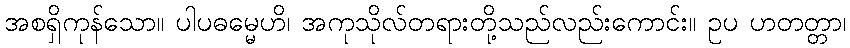
အစရှိကုန်သော။ ပါပဓမ္မေဟိ၊ အကုသိုလ်တရားတို့သည်လည်းကောင်း။ ဥပ ဟတတ္တာ၊